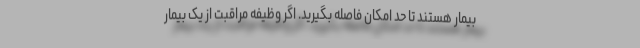
بیمار هستند تا حد امکان فاصله بگیرید. اگر وظیفه مراقبت از یک بیمار